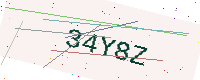
Text: 34Y8Z